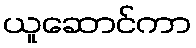
ယူဆောင်ကာ